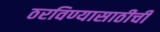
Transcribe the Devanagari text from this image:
ठरविण्यासाठीची